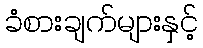
ခံစားချက်များနှင့်